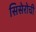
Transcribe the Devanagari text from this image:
सिसेरोची